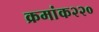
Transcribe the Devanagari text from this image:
क्रमांक२२०